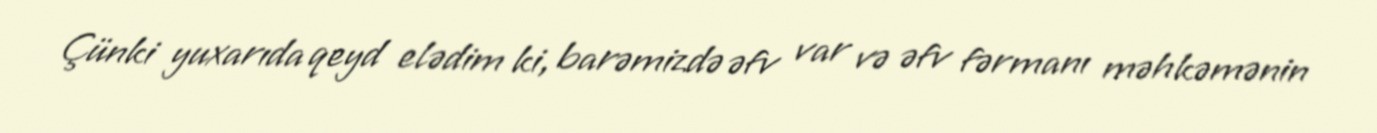
Çünki yuxarıda qeyd elədim ki, barəmizdə əfv var və əfv fərmanı məhkəmənin